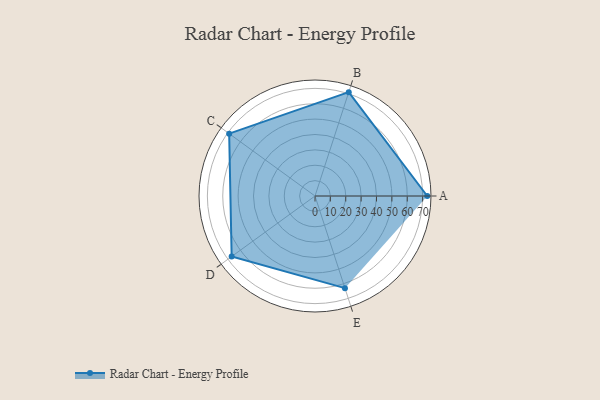
{"axis": {"x": "Skill", "y": "Score"}, "legend": ["Profile"], "data": [{"x": "A", "y": 73.0, "type": "Profile"}, {"x": "B", "y": 71.0, "type": "Profile"}, {"x": "C", "y": 69.0, "type": "Profile"}, {"x": "D", "y": 67.0, "type": "Profile"}, {"x": "E", "y": 63.0, "type": "Profile"}]}